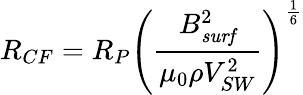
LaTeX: R_{CF}=R_{P}\left({\frac{B_{\mathit{surf}}^{2}}{\mu_{0}\rho V_{SW}^{2}}}\right)^{\frac{1}{6}}